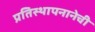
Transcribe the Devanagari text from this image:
प्रतिस्थापनानेची